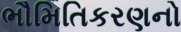
ભૌમિતિકરણનો